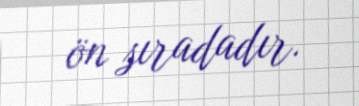
ön sıradadır.